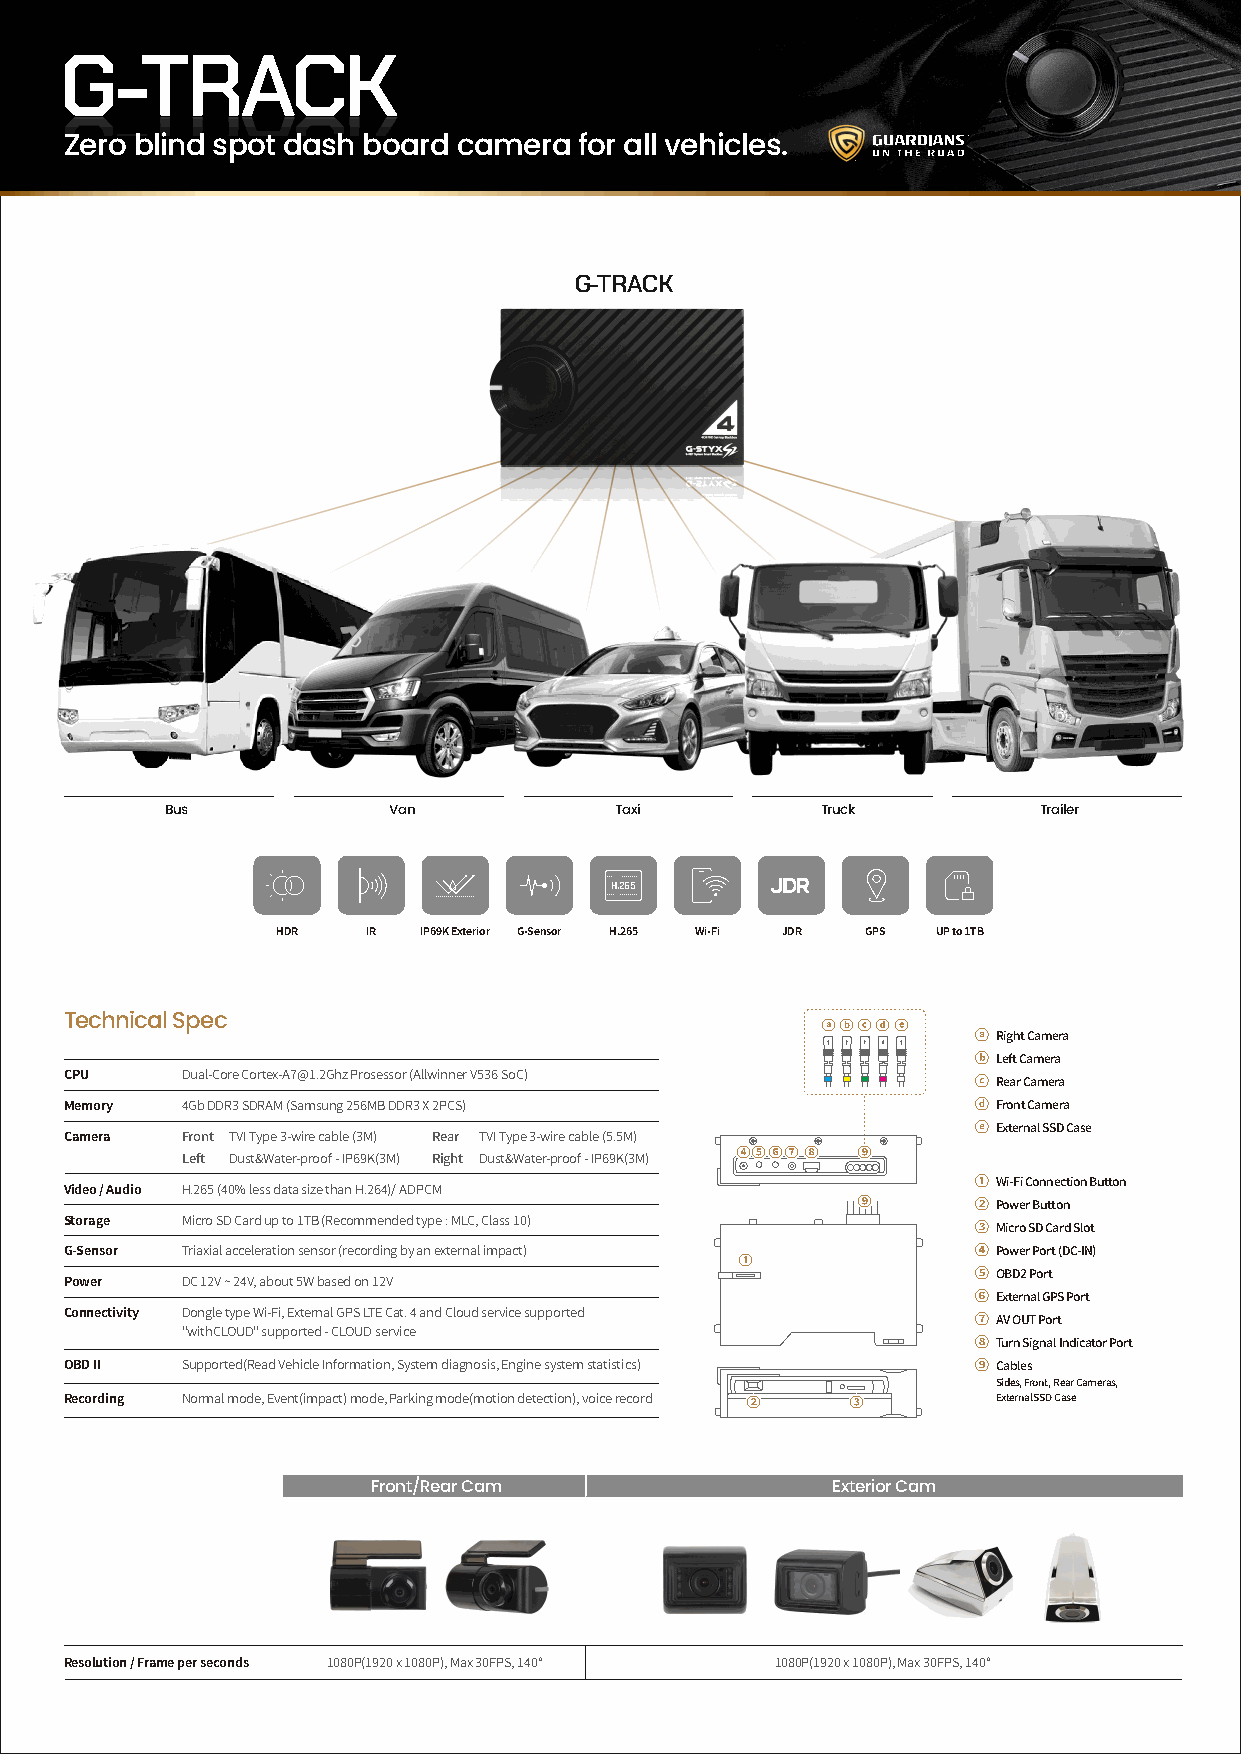
G-TRACK
 Zero blind spot dash board camera for all vehicles.
 G-TRACK
 Bus            Van            Taxi         Truck          Trailer
 H.265
 HDR   IR  IP69K Exterior G-Sensor H.265 Wi-Fi JDR GPS UP to 1TB
 Technical Spec
 ⓐⓑⓒⓓⓔ
 ⓐ Right Camera
 ⓑ Left Camera
 CPU     Dual-Core Cortex-A7@1.2Ghz Prosessor (Allwinner V536 SoC)
 ⓒ Rear Camera
 Memory  4Gb DDR3 SDRAM (Samsung 256MB DDR3 X 2PCS)           ⓓ Front Camera
 ⓔ External SSD Case
 Camera  Front TVI Type 3-wire cable (3M) Rear TVI Type 3-wire cable (5.5M)
 Left Dust&Water-proof - IP69K(3M) Right Dust&Water-proof - IP69K(3M) ④⑤⑥⑦⑧ ⑨
 ① Wi-Fi Connection Button
 Video / Audio H.265 (40% less data size than H.264)/ ADPCM
 ⑨       ② Power Button
 Storage Micro SD Card up to 1TB (Recommended type : MLC, Class 10)
 ③ Micro SD Card Slot
 G-Sensor Triaxial acceleration sensor (recording by an external impact) ④ Power Port (DC-IN)
 ①
 ⑤ OBD2 Port
 Power   DC 12V ~ 24V, about 5W based on 12V
 ⑥ External GPS Port
 Connectivity Dongle type Wi-Fi, External GPS LTE Cat. 4 and Cloud service supported
 ⑦ AV OUT Port
 "withCLOUD" supported - CLOUD service
 ⑧ Turn Signal Indicator Port
 OBD II  Supported(Read Vehicle Information, System diagnosis, Engine system statistics) ⑨ Cables
 Sides, Front, Rear Cameras,
 Recording Normal mode, Event(impact) mode, Parking mode(motion detection), voice record ② ③ External SSD Case
 Front/Rear Cam                Exterior Cam
 Resolution / Frame per seconds 1080P(1920 x 1080P), Max 30FPS, 140° 1080P(1920 x 1080P), Max 30FPS, 140°